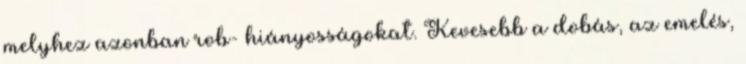
melyhez azonban rob- hiányosságokat. Kevesebb a dobás, az emelés,